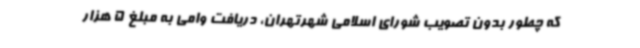
که چطور بدون تصویب شورای اسلامی شهرتهران، دریافت وامی به مبلغ 5 هزار